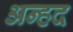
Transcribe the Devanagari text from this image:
अन्‍हद